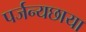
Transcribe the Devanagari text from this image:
पर्जन्यछाया